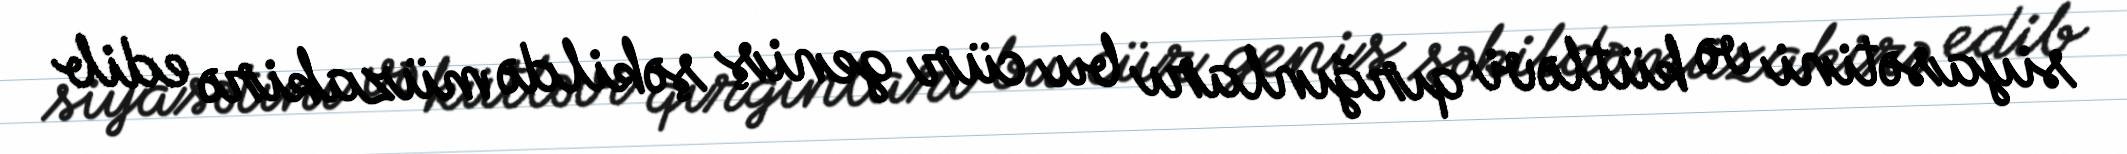
siyasətini və kütləvi qırğınları bu cür geniş şəkildə müzakirə edib